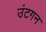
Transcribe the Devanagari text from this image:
उंटगन